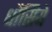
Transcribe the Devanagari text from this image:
धौंसिये